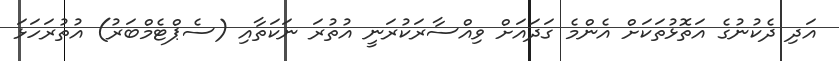
އަދި ދެކުނުގެ އަތޮޅުތަކަށް އެންމެ ގަދައަށް ވިއްސާރަކުރަނީ އުތުރަ ނަކަތާއި (ސެޕްޓެމްބަރު) އުތުރަހަޅަ